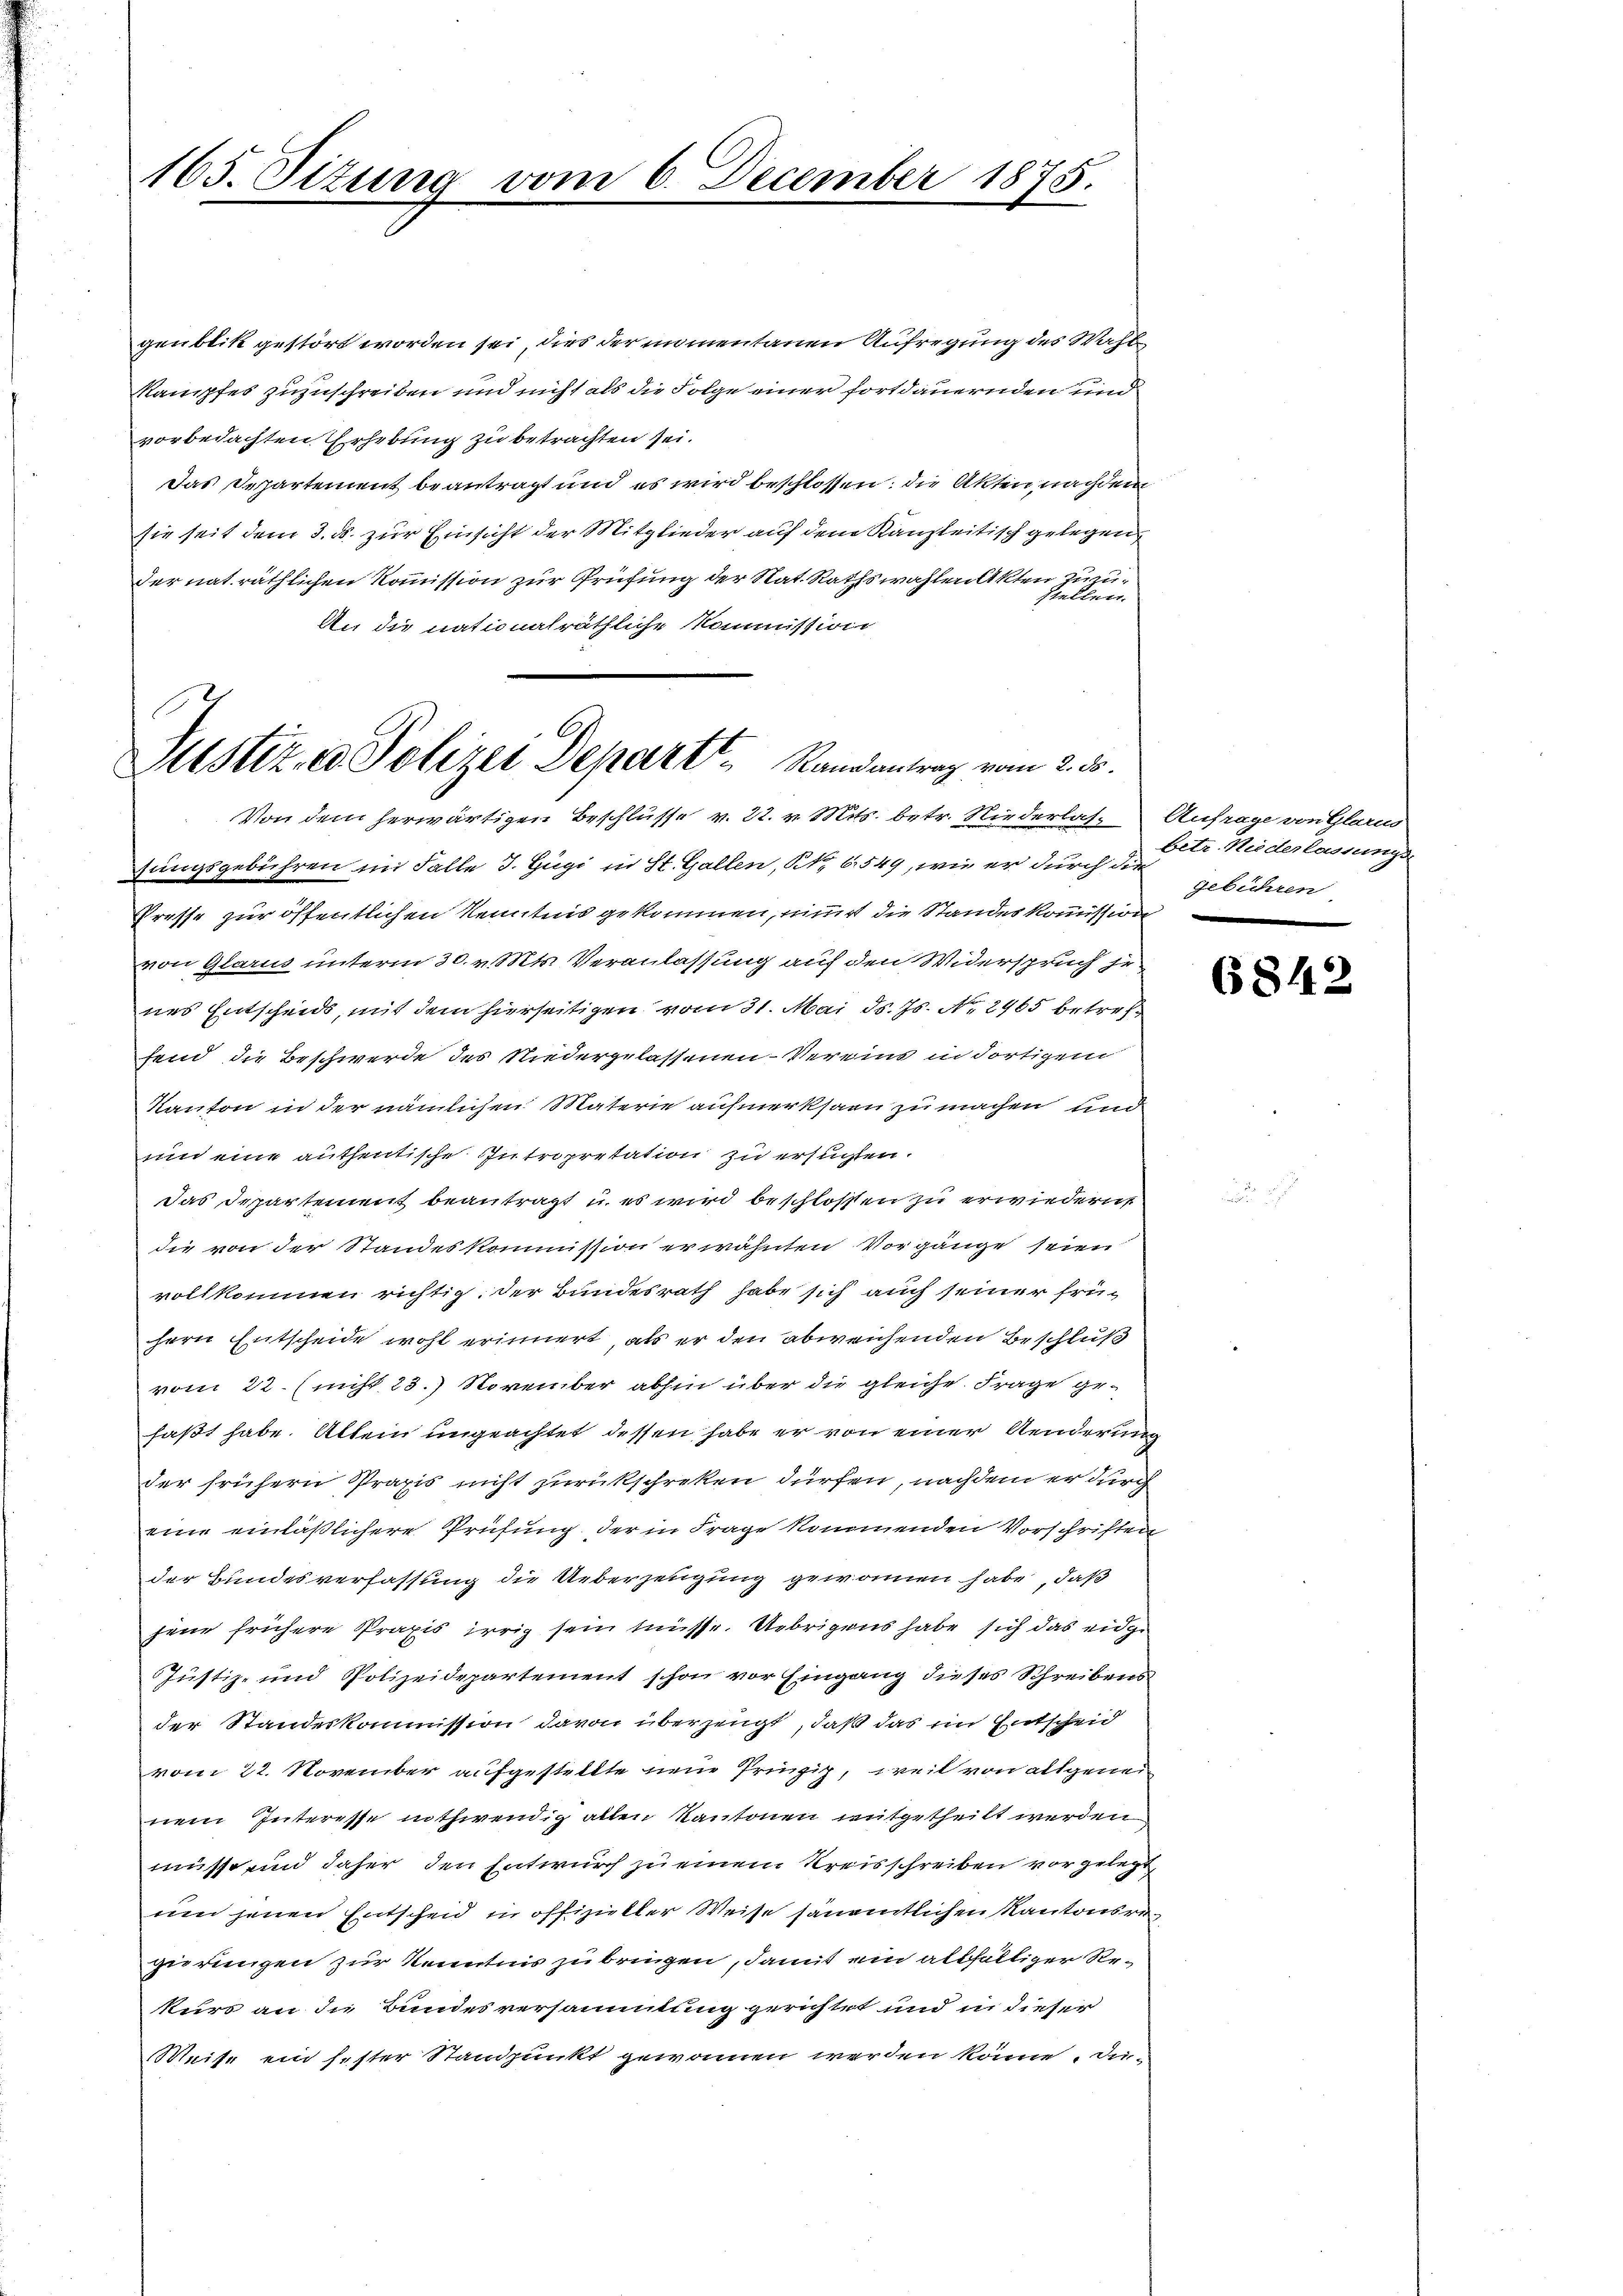
165. Sizung

genblik gestört worden sei, dies der momentanen Aufregung des Wahl
Stampfes zuzuschreiben und nicht als die Folge einer fortdauernden und
vorbedachten Erhebung zu betrachten sei.
Das Departement beantragt und es wird beschlossen: die Akten, nachdem
sie seit dem 3. ds. zur Einsicht der Mitglieder auf dem Kanzleitisch gelegen
der nat räthlichen Kommission zur Prüfung der Rat. Rathswahlen Akten zuzu
An die nationalräthliche Kommission
E
Pustiz- & Polizei Depart Randantrag vom 2. 55.

Von dem herwärtigen Beschlusse v. 22. v. Mts. betr. Niederlas- Anfrage von Glarus

sungsgebühren im Falle J. Gugi in St. Gallen, No 6549, wie er durch die
Presse zur öffentlichen Kenntnis gekommen, nimmt die Standeskommission
von Glarus unterm 30. v. Mts. Veranlassung auf den Widerspruch je
nes Entscheids, mit dem hierseitigen vom 31. Mai d. Js. No. 2965 betreff
fend die Beschwerde des Niedergelassenen Vereine in dortigem
Kanton in der nämlichen Materie aufmerksam zu machen und
uun eine authentische Intropretation zu ersuchten.
das Departement beantragt, u. es wird beschlossen zu erwiedern,
die von der Standeskommission erwähnten Vorgänge seien
vollkommen richtig. Der Bundesrath habe sich auch seiner frühern Entscheide wohl erinnert, als er den abweichenden Beschluß
vom 22. (nicht 23. November abhin über die gleiche Frage gefaßt habe. Allein ungeachtet, dessen habe er von einer Aenderung
der frühern Praxis nicht zurückschreken dürfen, nachdem er durch
eine einläßlichere Prüfung der in Frage kommenden Vorschriften
der Bundesverfassung die Ueberzeugung gewonnen habe, daß
jene frühere Praxis irrig sein müsse. Uebrigens habe sich das eidge
Justiz- und Polizeidepartement schon vor Eingang dieses Schreibens
der Standeskommission davon überzeugt, daß das im Entscheid
vom 22. November aufgestellte neue Prinzip, weil von altgeneinem Interesse nothwendig allen Kantonen mitgetheilt werden
müsse und daher den Entwurf zu einem Kreisschreiben vorgelegt,
um jenen Entscheid in offizieller Weise sämmtlichen Kantonsregirungen zur Kenntnis zu bringen, damit ein allfältiger Rekurs an die Bundesversammlung gerichtet und in dieser
Weise ein fester Standpunkt gewonnen werden könne, da-

vom 6. December 1875.

betr. Niederlassungs-
gebühren

6842